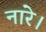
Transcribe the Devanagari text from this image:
नारे।